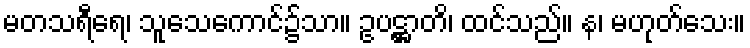
မတသရီရေ၊ သူသေကောင်၌သာ။ ဥပဋ္ဌာတိ၊ ထင်သည်။ န၊ မဟုတ်သေး။